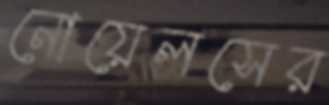
নোয়েলসের